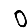
Digit: 0